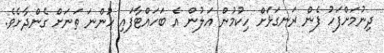
ދިނުމަށްފަހު ފެން ރަނގަޅަށް ހިކުމުން އަލުން އެ ބަހައްޓާފައި ހުންނަ ތަނަށް ގެންދާށެވެ.